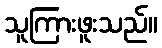
သူကြားဖူးသည်။